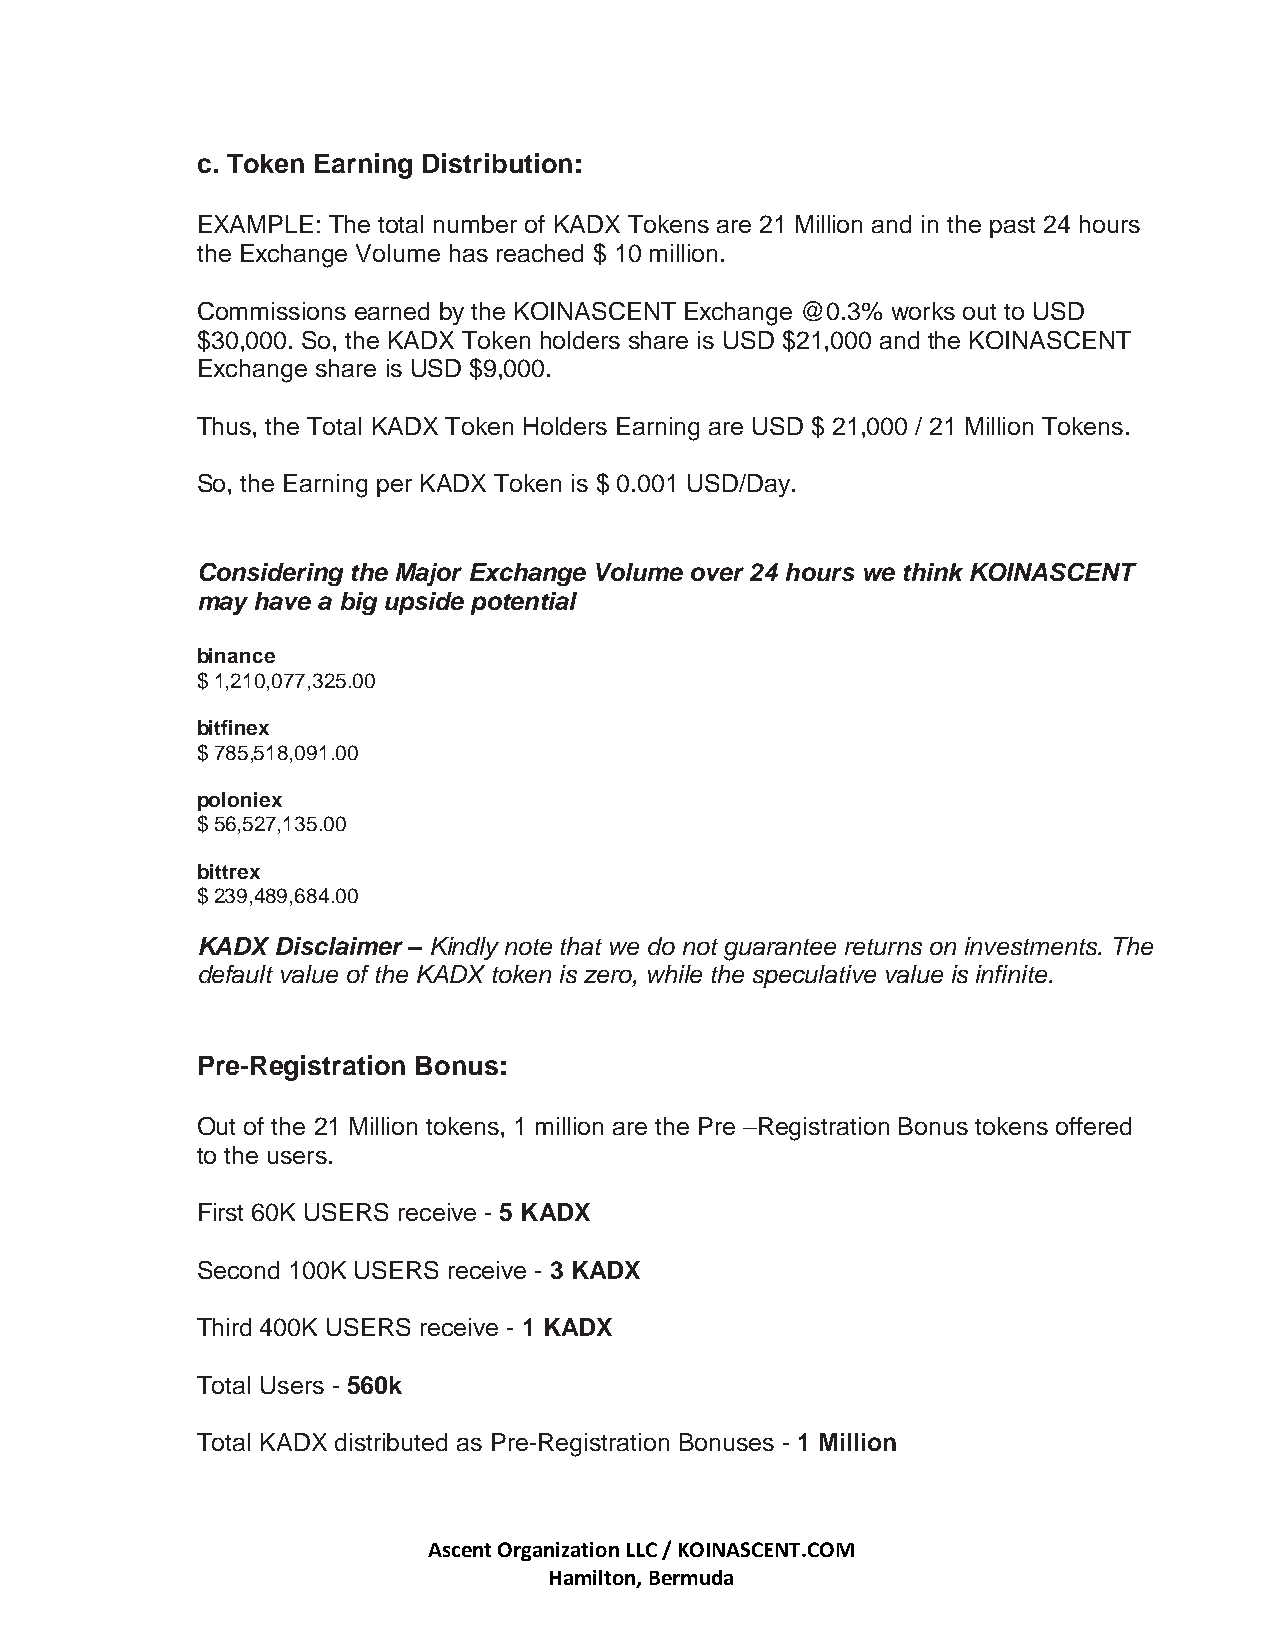
c. Token Earning Distribution:
 EXAMPLE: The total number of KADX Tokens are 21 Million and in the past 24 hours
 the Exchange Volume has reached $ 10 million.
 Commissions earned by the KOINASCENT Exchange @0.3% works out to USD
 $30,000. So, the KADX Token holders share is USD $21,000 and the KOINASCENT
 Exchange share is USD $9,000.
 Thus, the Total KADX Token Holders Earning are USD $ 21,000 / 21 Million Tokens.
 So, the Earning per KADX Token is $ 0.001 USD/Day.
 Considering the Major Exchange Volume over 24 hours we think KOINASCENT
 may have a big upside potential
 binance
 $ 1,210,077,325.00
 bitfinex
 $ 785,518,091.00
 poloniex
 $ 56,527,135.00
 bittrex
 $ 239,489,684.00
 KADX Disclaimer – Kindly note that we do not guarantee returns on investments. The
 default value of the KADX token is zero, while the speculative value is infinite.
 Pre-Registration Bonus:
 Out of the 21 Million tokens, 1 million are the Pre –Registration Bonus tokens offered
 to the users.
 First 60K USERS receive - 5 KADX
 Second 100K USERS receive - 3 KADX
 Third 400K USERS receive - 1 KADX
 Total Users - 560k
 Total KADX distributed as Pre-Registration Bonuses - 1 Million
 Ascent Organization LLC / KOINASCENT.COM
 Hamilton, Bermuda